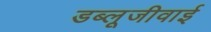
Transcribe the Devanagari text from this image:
डब्लूजीवाई